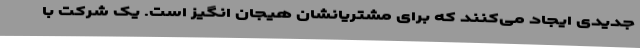
جدیدی ایجاد می‌کنند که برای مشتریانشان هیجان انگیز است. یک شرکت با